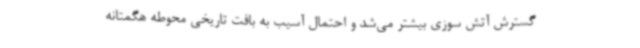
گسترش آتش سوزی بیشتر می‌شد و احتمال آسیب به بافت تاریخی محوطه هگمتانه